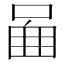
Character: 𠴿